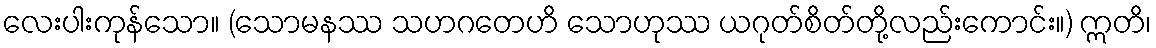
လေးပါးကုန်သော။ (သောမနဿ သဟဂတေဟိ သောဟုဿ ယဂုတ်စိတ်တို့လည်းကောင်း။) ဣတိ၊